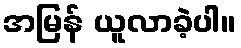
အမြန် ယူလာခဲ့ပါ။